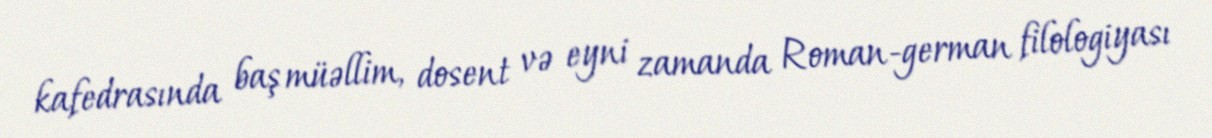
kafedrasında baş müəllim, dosent və eyni zamanda Roman-german filologiyası